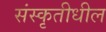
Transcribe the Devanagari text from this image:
संस्कृतीधील